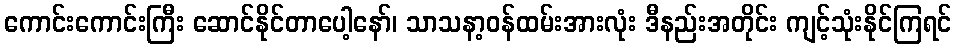
ကောင်းကောင်းကြီး ဆောင်နိုင်တာပေါ့နော်၊ သာသနာ့ဝန်ထမ်းအားလုံး ဒီနည်းအတိုင်း ကျင့်သုံးနိုင်ကြရင်